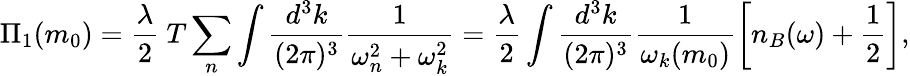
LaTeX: \Pi_{1}(m_{0})=\frac{\lambda}{2}~T\sum_{n}\int\frac{d^{3}k}{(2\pi)^{3}}\frac{1}{\omega_{n}^{2}+\omega_{k}^{2}}=\frac{\lambda}{2}\int\frac{d^{3}k}{(2\pi)^{3}}\frac{1}{\omega_{k}(m_{0})}\left[n_{B}(\omega)+\frac{1}{2}\right],